Vaccination North-Western Provinces 1866-1877 - 1866-1877
Year: 1866
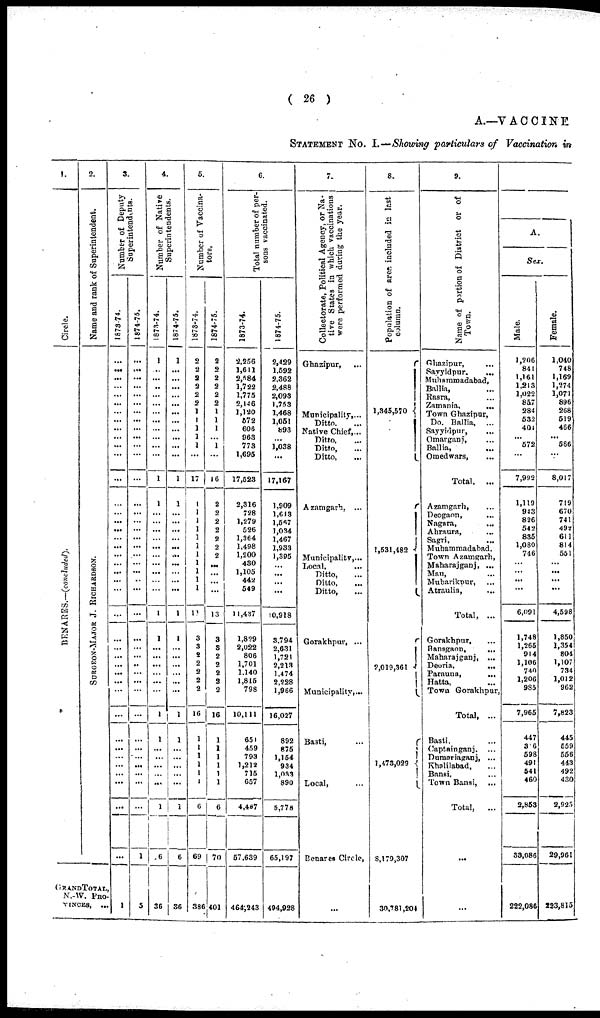
( 26 )
A.—VACCINE
STATEMENT No. I.—Showing particulars of Vaccination in
1.
Circle.
BENARES.—(concluded).
2.
Name and rank of Superintendent.
SURGEON-MAJOR J. RICHARDS ON.
GRAND TOTAL,
N.-W. PRO-
VINCES, ...
3.
Number of Deputy
Superintendents.
1873-74.
...
...
...
...
...
...
...
...
...
...
...
...
...
...
...
...
...
...
...
...
...
...
...
...
...
...
...
...
...
...
...
...
...
...
...
...
...
...
1
1874-75.
...
...
...
...
...
...
...
...
...
...
...
...
...
...
...
...
...
...
...
...
...
...
...
...
...
...
...
...
...
...
...
...
...
...
...
...
...
...
...
1
5
4.
Number of Native
Superintendents.
1873-74.
1
...
...
..
...
...
...
...
...
...
...
1
1
...
...
...
...
...
...
...
1
1
...
...
...
...
...
1
1
...
...
...
...
...
1
6
36
1874-75.
1
...
...
...
...
...
...
...
...
...
...
...
1
1
...
...
...
...
...
...
...
...
...
1
1
...
...
...
...
...
...
1
1
...
...
...
...
...
1
6
36
5.
Number of Vaccina-
tors.
1873-74.
2
2
2 2
2
2
1
1
1
1
1
...
17
1
1
1
1
1
1
1
1
1
1
1
11
3
3
2
2
2
2
2
16
1
1
1
1
1
1
6
69
386
1874-75.
2
2 2
2
2
2
1
1
1
... 1
...
16
2
2
2
2
2
2
2
...
...
...
...
13
3
3
2
2
2
2
2
16
1
1
1
1
1
1
6
70
401
6.
Total number of per-
sons vaccinated.
1873-74.
2,256
1,611
2,584
1,722
1,775
2,146
1,120
572
606
963
773
1,695
17,523
2,316
728
1,279
526
1,364
1,498
1,200
430
1,105
442
549
11,437
1,829
2,022
806
1,701
1.140
1,815
798
10,111
651
459
793
1,212
715
657
4,487
57,639
464,243
1874-75.
2,429
1,592
2,362
2,488
2,093
1,753
1,468
1,051
893
...
1,038
...
17,167
1,909
1,613
1,567
1,034
1,467
1,933
1,395
...
...
...
...
10,918
3,794
2,631
1,721
2,218
1.474
2,228
1,966
16,027
892
875
1,154
934
1,033
890
5,778
65,197
494,928
7.
Colleetorate, Political Agency, or Na-
tive States in which vaccinations
were performed during the year.
Ghazipur, ...
Municipality,...
Ditto. ...
Native Chief, ...
Ditto, ...
Ditto, ...
Ditto, ...
Azamgarh, ...
Municipality, ...
Local, ...
Ditto, ...
Ditto, ...
Ditto, ...
Gorakhpur, ...
Municipality, ...
Basti, ...
Local, ...
Benares Circle,
...
8.
Population of ares included in last
column.
1,345,570
1,531,482
2,019,361
1,473,029
8,179,307
30,781,204
9.
Name of portion of District or of
Town.
Ghazipur, ...
Sayyidpur....
Muhammadabad,
Ballia, ...
Rasra, ...
Zamania, ...
Town Ghazipur,
Do. Ballia, ...
Sayyidpur, ...
Omarganj, ...
Ballia, ...
Omedwars, ...
Total,
...
Azamgarh, ...
Deogaon, ...
Nagara, ...
Ahraura, ...
Sagri, ...
Muhammadabad,
Town Azamgarh,
Maharajganj, ...
Mau, ...
Mubarikpur, ...
Atraulia, ...
Total, ...
Gorakhpur, ...
Bansgaon,
...
Maharajganj, ...
Deoria,
...
Parauna,
...
Hatta, ...
Town Gorakhpur,
Total, ...
Basti, ...
Captainganj. ...
Dumariaganj, ...
Khalilabad, ...
Bansi, ...
Town Bansi, ...
Total, ...
...
...
A.
Sex.
Male.
1,206
841
1,161
1,213
1,022
857
284
532
404
... 572
...
7,992
1,119
943
826
542
835
1,080
746
...
...
...
...
6,091
1,748
1,265
914
1,106
740 1,206
985
7,965
447
36
598
491
541
460
2,853
33,086
222,086
Female.
1,040
748
1,169
1,274
1,071
896
268
519
466
... 566
...
8,017
719
670
741
492
611
814
551
...
...
...
...
4,598
1,850
1,354
804
1,107
734 1,012
962
7,823
445
559
556
443
492
430
2,925
29,961
223,815